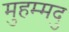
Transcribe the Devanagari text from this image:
मुहम्मदु